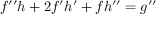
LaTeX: f ^ { \prime \prime } h + 2 f ^ { \prime } h ^ { \prime } + f h ^ { \prime \prime } = g ^ { \prime \prime }